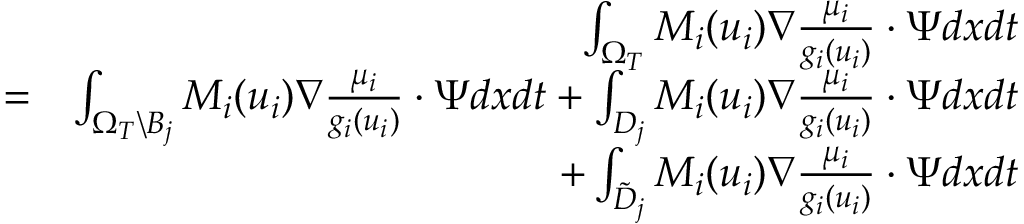
\begin{array} { r l r } & { } & { \int _ { \Omega _ { T } } M _ { i } ( u _ { i } ) \nabla \frac { \mu _ { i } } { g _ { i } ( u _ { i } ) } \cdot \Psi d x d t } \\ & { = } & { \int _ { \Omega _ { T } \backslash B _ { j } } M _ { i } ( u _ { i } ) \nabla \frac { \mu _ { i } } { g _ { i } ( u _ { i } ) } \cdot \Psi d x d t + \int _ { D _ { j } } M _ { i } ( u _ { i } ) \nabla \frac { \mu _ { i } } { g _ { i } ( u _ { i } ) } \cdot \Psi d x d t } \\ & { } & { + \int _ { \tilde { D } _ { j } } M _ { i } ( u _ { i } ) \nabla \frac { \mu _ { i } } { g _ { i } ( u _ { i } ) } \cdot \Psi d x d t } \end{array}